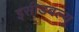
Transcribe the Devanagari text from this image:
इसीडबल्यू